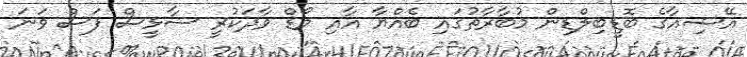
އޭޝިއާގެ ބޮޑީބިލްޑިން މުބާރާތުގައި ބެއްޔާ އާއި މޯޑް ވާދަކުރީ ސާޅީސް ފަސް ވަނަ